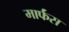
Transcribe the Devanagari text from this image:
मार्फंस